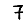
Digit: 7